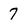
Character: 7